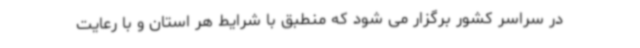
در سراسر کشور برگزار می شود که منطبق با شرایط هر استان و با رعایت